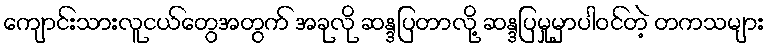
ကျောင်းသားလူငယ်တွေအတွက် အခုလို ဆန္ဒပြတာလို့ ဆန္ဒပြမှုမှာပါဝင်တဲ့ တကသများ